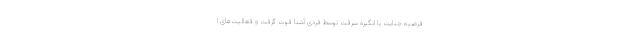
فرضیه جنایت با انگیزه سرقت توسط فردی آشنا قوت گرفت و فعالیت‌های ا